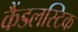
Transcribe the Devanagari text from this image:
कैंडलस्टिक